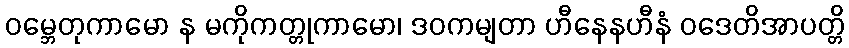
ဝမ္ဘေတုကာမော န မကိုကတ္တုကာမော၊ ဒဝကမျတာ ဟီနေနဟီနံ ဝဒေတိအာပတ္တိ